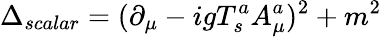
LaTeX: \Delta_{scalar}=(\partial_{\mu}-igT_{s}^{a}A_{\mu}^{a})^{2}+m^{2}